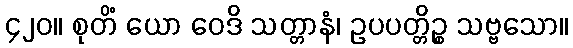
၄၂၀။ စုတိံ ယော ဝေဒိ သတ္တာနံ၊ ဥပပတ္တိဉ္စ သဗ္ဗသော။